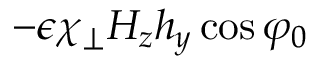
- \epsilon \chi _ { \perp } H _ { z } h _ { y } \cos \varphi _ { 0 }